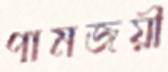
পামজয়ী